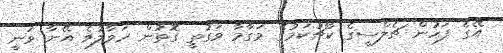
އޭގެ ފަހުން ޗެލްސީގެ ކޯޗުކަމުގެ މަގާމާ ވަގުތީ ގޮތުން ހަވާލުވެ އޭނާ ވަނީ